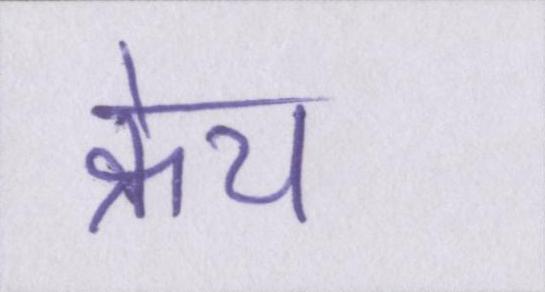
क्रेच